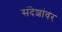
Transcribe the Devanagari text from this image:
संदेशांवर